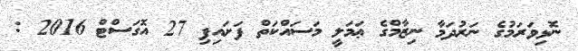
ނޮޅިވަރަމުގެ ނަރުދަމާ ނިޒާމްގެ ޢަމަލީ މަސައްކަތް ފަށައިފި 27 އޮގަސްޓް 2016 :